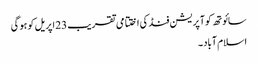
سائوتھ کوآپریشن فنڈ کی اختتامی تقریب 23 اپریل کو ہو گی
اسلام آباد ۔